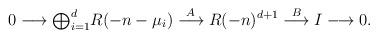
LaTeX: \begin{align*}0 \longrightarrow {\textstyle\bigoplus_{i=1}^d} R(-n-\mu_i)\stackrel{A} {\longrightarrow} R(-n)^{d+1}\stackrel{B}{\longrightarrow} I \longrightarrow 0.\end{align*}